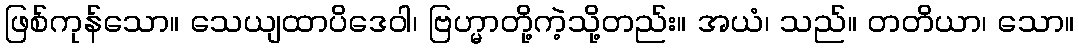
ဖြစ်ကုန်သော။ သေယျထာပိဒေဝါ၊ ဗြဟ္မာတို့ကဲ့သို့တည်း။ အယံ၊ သည်။ တတိယာ၊ သော။